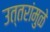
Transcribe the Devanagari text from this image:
उत्तरांमुळे